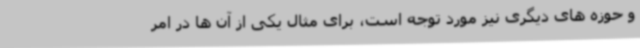
و حوزه های دیگری نیز مورد توجه است، برای مثال یکی از آن ها در امر